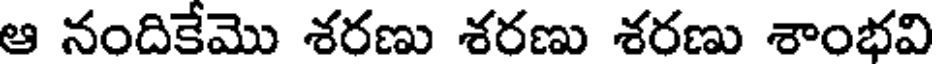
ఆ నందికేమొ శరణు శరణు శరణు శాంభవి